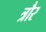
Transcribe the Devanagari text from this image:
त्रौर